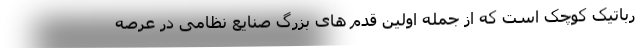
رباتیک کوچک است که از جمله اولین قدم های بزرگ صنایع نظامی در عرصه